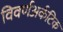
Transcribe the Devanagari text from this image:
विवर्णअर्कटिक